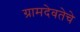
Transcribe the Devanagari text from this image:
ग्रामदेवतेचे